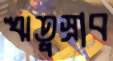
ঋতুস্রাব